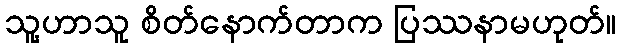
သူ့ဟာသူ စိတ်နောက်တာက ပြဿနာမဟုတ်။